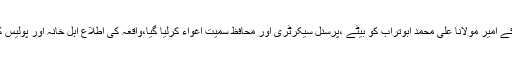
تفصیلات کے مطابق بلوچستان کے صوبائی دارالحکومت کوئٹہ میں مرکزی جمعیت اہلحدیث بلوچستان کے امیر مولانا علی محمد ابوتراب کو بیٹے ،پرسنل سیکرٹری اور محافظ سمیت اغواء کرلیا گیا،واقعہ کی اطلاع اہل خانہ اور پولیس کو اس وقت ملی جب مغوی مذہبی رہنما کی گاڑی لاوارث حالت میں ایئرپورٹ روڈ پر کھڑی پائی گئی۔